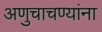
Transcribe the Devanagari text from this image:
अणुचाचण्यांना